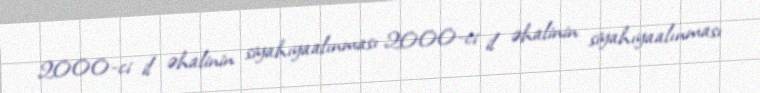
2000-ci il əhalinin siyahıyaalınması 2000-ci il əhalinin siyahıyaalınması